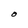
Character: O